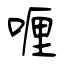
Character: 喱